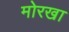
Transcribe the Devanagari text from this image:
मोरखा